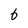
Character: 6